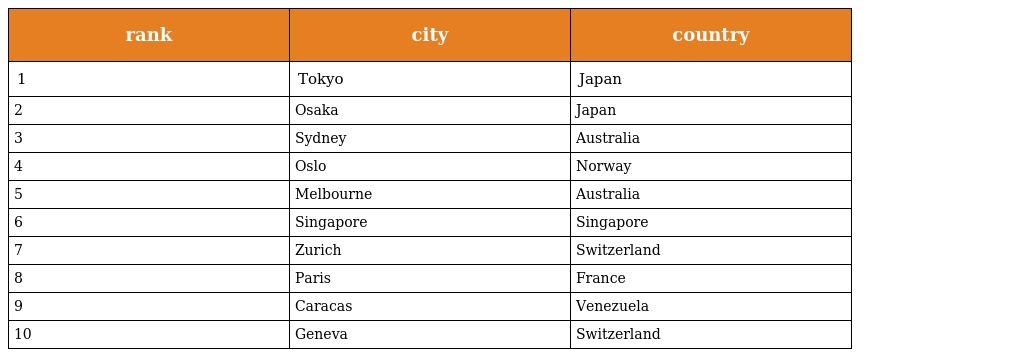
| rank | city | country |
 | --- | --- | --- |
 | 1 | Tokyo | Japan |
 | 2 | Osaka | Japan |
 | 3 | Sydney | Australia |
 | 4 | Oslo | Norway |
 | 5 | Melbourne | Australia |
 | 6 | Singapore | Singapore |
 | 7 | Zurich | Switzerland |
 | 8 | Paris | France |
 | 9 | Caracas | Venezuela |
 | 10 | Geneva | Switzerland |